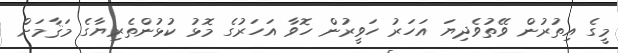
މީގެ އިތުރުން ވޭތުވެދިޔަ އަހަރު ހަވީރުން ހޮވާ އަހަރުގެ މޮޅު ކުޅުންތެރިޔާގެ މަޤާމަށް